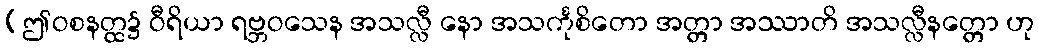
(ဤဝစနတ္ထ၌ ဝီရိယာ ရဗ္ဘဝသေန အသလ္လီ နော အသင်္ကုစိတော အတ္တာ အဿာတိ အသလ္လီနတ္တော ဟု